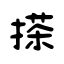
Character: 搽